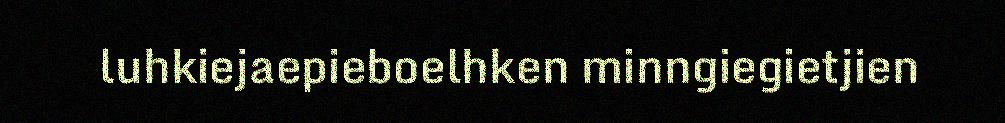
luhkiejaepieboelhken minngiegietjien